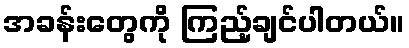
အခန်းတွေကို ကြည့်ချင်ပါတယ်။